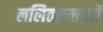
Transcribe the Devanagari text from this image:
ललितकलाओं